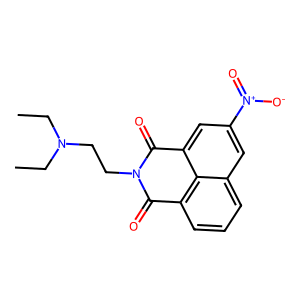
SMILES: CCN(CC)CCN1C(=O)c2cccc3cc([N+](=O)[O-])cc(c23)C1=O
Inhibits HIV replication: No